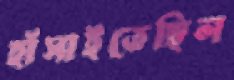
হাঁসাইতেছিল